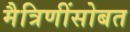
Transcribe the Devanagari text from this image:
मैत्रिणींसोबत